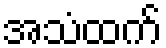
အသံထက်